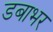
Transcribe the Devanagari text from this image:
डबाभर